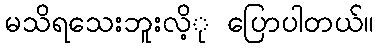
မသိရသေးဘူးလိ့ု ပြောပါတယ်။